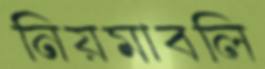
নিয়মাবলি